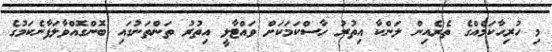
މި ހުރިހާކަމެއްގެ ތެރެއިން ލަންކާ އިތުރު ހާސްކަމަކަށް ވައްޓާލީ އިތުރު ތަންތަނުގައި ބޮންގޮއްވާލަފާނެކަމުގެ